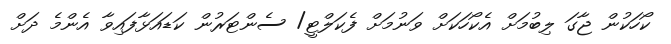
ކޯހަކުން ޖާގަ ލިބުމަށް އެކޯހަކަށް ވަނުމަށް ފެކަލްޓީ/ ސެންޓަރުން ކަޑައަޅާފައިވާ އެންމެ ދަށް